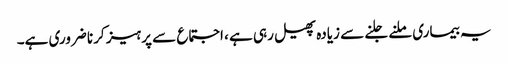
یہ بیماری ملنے جلنے سے زیادہ پھیل رہی ہے ، اجتماع سے پرہیز کرنا ضروری ہے۔